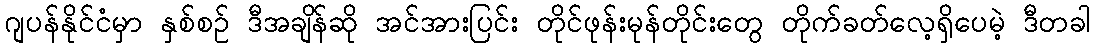
ဂျပန်နိုင်ငံမှာ နှစ်စဉ် ဒီအချိန်ဆို အင်အားပြင်း တိုင်ဖုန်းမုန်တိုင်းတွေ တိုက်ခတ်လေ့ရှိပေမဲ့ ဒီတခါ